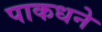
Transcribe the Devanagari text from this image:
पाकधने